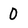
Character: 0